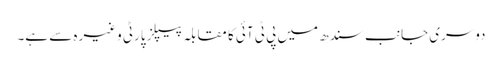
دوسری جانب سندھ میں پی ٹی آئی کا مقابلہ پیپلز پارٹی وغیرہ سے ہے۔